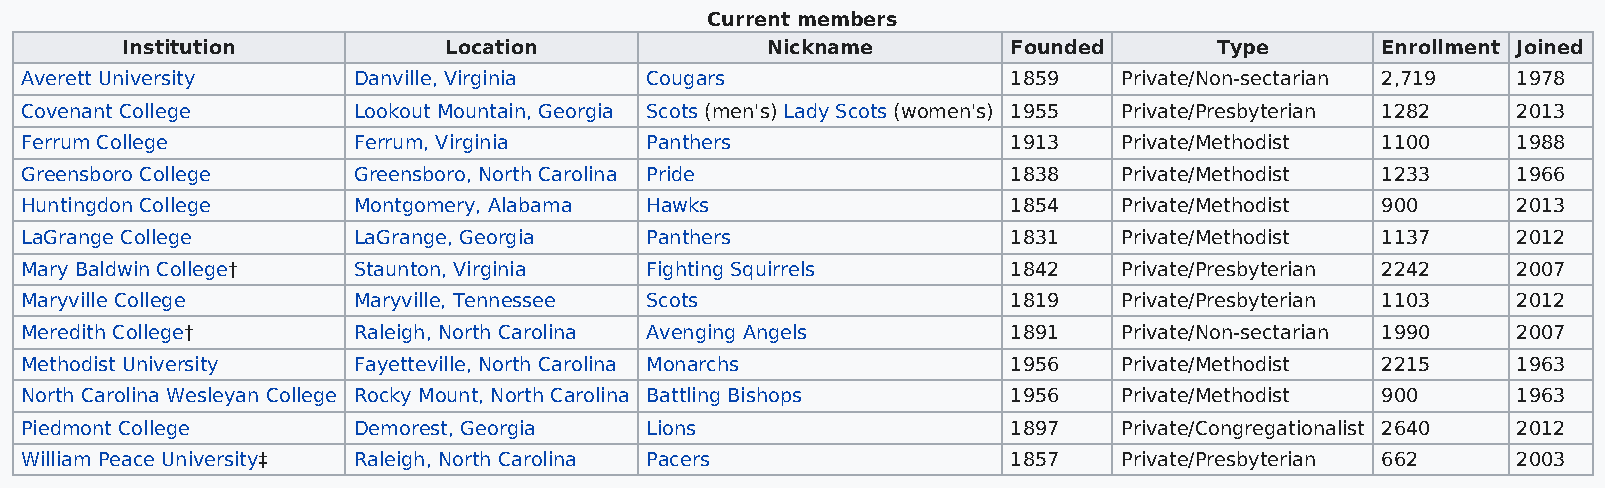
Current members
 Institution          Location              Nickname        Founded       Type      Enrollment Joined
 Averett University    Danville, Virginia  Cougars                 1859   Private/Non-sectarian 2,719 1978
 Covenant College      Lookout Mountain, Georgia Scots (men's) Lady Scots (women's) 1955 Private/Presbyterian 1282 2013
 Ferrum College        Ferrum, Virginia    Panthers                1913   Private/Methodist 1100    1988
 Greensboro College    Greensboro, North Carolina Pride            1838   Private/Methodist 1233    1966
 Huntingdon College    Montgomery, Alabama Hawks                   1854   Private/Methodist 900     2013
 LaGrange College      LaGrange, Georgia   Panthers                1831   Private/Methodist 1137    2012
 Mary Baldwin College† Staunton, Virginia  Fighting Squirrels      1842   Private/Presbyterian 2242 2007
 Maryville College     Maryville, Tennessee Scots                  1819   Private/Presbyterian 1103 2012
 Meredith College†     Raleigh, North Carolina Avenging Angels     1891   Private/Non-sectarian 1990 2007
 Methodist University  Fayetteville, North Carolina Monarchs       1956   Private/Methodist 2215    1963
 North Carolina Wesleyan College Rocky Mount, North Carolina Battling Bishops 1956 Private/Methodist 900 1963
 Piedmont College      Demorest, Georgia   Lions                   1897   Private/Congregationalist 2640 2012
 William Peace University‡ Raleigh, North Carolina Pacers          1857   Private/Presbyterian 662  2003